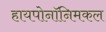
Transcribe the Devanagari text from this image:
हायपोनॉनिमकल